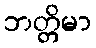
ဘတ္တိမာ